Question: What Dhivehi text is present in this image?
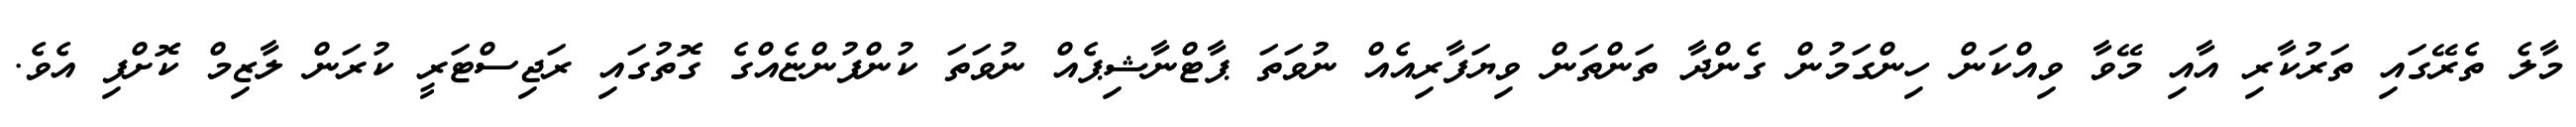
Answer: މާލެ ތެރޭގައި ތަރުކާރި އާއި މޭވާ ވިއްކަން ހިންގަމުން ގެންދާ ތަންތަން ވިޔަފާރިއެއް ނުވަތަ ޕާޓްނާޝިޕެއް ނުވަތަ ކުންފުންޏެއްގެ ގޮތުގައި ރަޖިސްޓަރީ ކުރަން ލާޒިމް ކޮށްފި އެވެ.